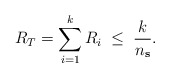
\begin{align*}R_T = \sum_{i=1}^{k} R_i \;\leq\; \frac{k}{n_{\mathbf{s}}}.\end{align*}